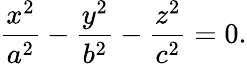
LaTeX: {\frac{x^{2}}{a^{2}}}-{\frac{y^{2}}{b^{2}}}-{\frac{z^{2}}{c^{2}}}=0.